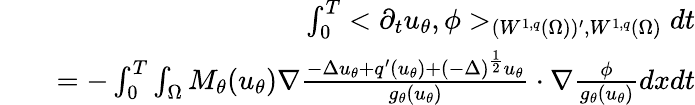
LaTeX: \begin{array}{rlr}&{}&{\int_{0}^{T}<\partial_{t}u_{\theta},\phi>_{(W^{1,q}(\Omega))^{\prime},W^{1,q}(\Omega)}dt}\\ &{}&{=-\int_{0}^{T}\int_{\Omega}M_{\theta}(u_{\theta})\nabla\frac{-\Delta u_{\theta}+q^{\prime}(u_{\theta})+(-\Delta)^{\frac{1}{2}}u_{\theta}}{g_{\theta}(u_{\theta})}\cdot\nabla\frac{\phi}{g_{\theta}(u_{\theta})}dxdt}\end{array}